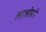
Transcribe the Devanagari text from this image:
लाओसने